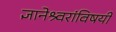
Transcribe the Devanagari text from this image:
ज्ञानेश्र्वरांविषयी